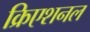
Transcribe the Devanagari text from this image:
क्रिएशनल